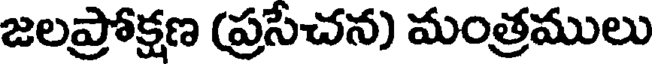
జలప్రోక్షణ (ప్రసేచన) మంత్రములు